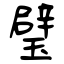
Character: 璧